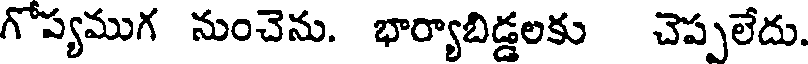
గోప్యముగ నుంచెను. భార్యాబిడ్డలకు చెప్పలేదు.